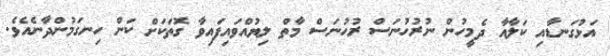
އަޅުގަނޑާއި ކަލާއާ ދެމީހުން ނުރުހުނަސް ރުހުނަސް މާތް ލިޔުއްވައިފައިވާ ގޮތަކަށް ކަން ހިނގަމުންދާނެއެވެ.